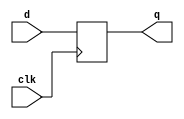
module d_ff (
    input clk, d,
    output reg q
  );

  always @(posedge clk) begin
    q <= d;
  end

endmodule // d_ff


module t_ff (
    input clk, t,
    output reg q
  );

  always @(posedge clk) begin
    q <= t ^ q;
  end

endmodule // t_ff


module jk_ff (
    input clk, j, k,
    output reg q
  );

  always @(posedge clk) begin
    q <= (j & ~q) | (~k & q);
  end

endmodule // jk_ff